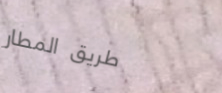
طريق المطار